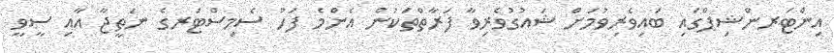
އިންޓަރންޝިޕްގައި ބައިވެރިވުމަށް ޝައުގުވެރިވާ ފަރާތްތަކުން އެންމެ ފަހު ސެމިސްޓަރގެ ނަތީޖާ އާއި ސީވީ